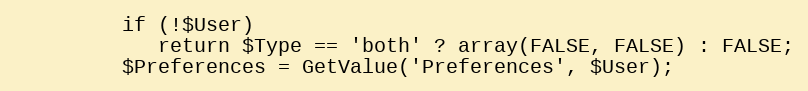
Language: PHP
         if (!$User)
            return $Type == 'both' ? array(FALSE, FALSE) : FALSE;
         $Preferences = GetValue('Preferences', $User);